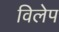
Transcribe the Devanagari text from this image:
विलेप